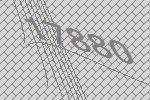
17880